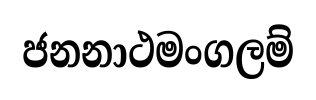
ජනනාථමංගලම්